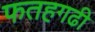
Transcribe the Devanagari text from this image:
फतहगढी